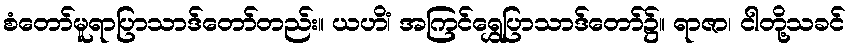
စံတော်မူရာပြာသာဒ်တော်တည်း။ ယဟိံ၊ အကြင်ရွှေပြာသာဒ်တော်၌။ ရာဇာ၊ ငါတို့သခင်